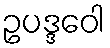
ဥပဒ္ဒဝေါ